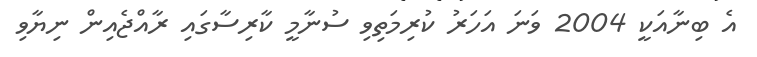
އެ ބިނާއަކީ 2004 ވަނަ އަހަރު ކުރިމަތިވި ސުނާމީ ކާރިސާގައި ރާއްޖެއިން ނިޔާވި